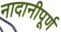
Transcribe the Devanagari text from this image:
नादानीपूर्ण